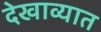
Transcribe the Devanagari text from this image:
देखाव्यात